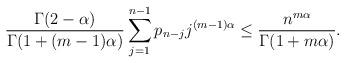
LaTeX: \begin{align*} \quad\frac{\Gamma(2-\alpha)}{\Gamma(1+(m-1)\alpha)}\sum_{j=1}^{n-1}p_{n-j}j^{(m-1)\alpha}\leq\frac{n^{m\alpha}}{\Gamma(1+m\alpha)}.\end{align*}